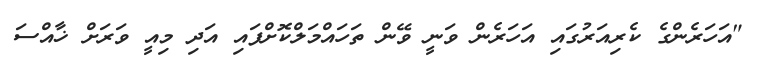
"އަހަރެންގެ ކެރިއަރުގައި އަހަރެން ވަނީ ވޭން ތަހައްމަލްކޮށްފައި އަދި މިއީ ވަރަށް ޚާއްސަ